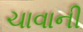
ચાવાની